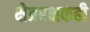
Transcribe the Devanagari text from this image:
क्षेत्ररक्षकही